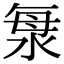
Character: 𣴴